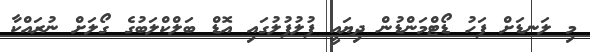
މި ލަނޑަށް ފަހު ޑޯޓްމަންޑުން ދިޔައީ ފުލުފުލުގައި އޮޑް ބަލްކްލަބުގެ ގޯލަށް ނުރައްކާ